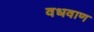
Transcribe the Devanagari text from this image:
वधवाण